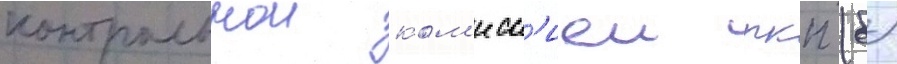
контрольнои ком'исс'иеи ркп (б)